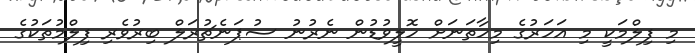
މި ފިލްމަކީ މި އަހަރުގެ މިހާތަނަށް ހޮލީވުޑުން ނެރުނު ސުޕަނެޗުރަލް ބިރުވެރި ފިލްމުތަކުގެ